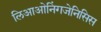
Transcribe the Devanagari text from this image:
लिआओनिंगजेनिसिस